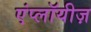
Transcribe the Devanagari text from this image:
एंप्लॉयीज़